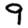
Digit: 9